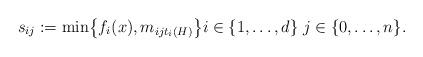
LaTeX: \begin{align*}s_{ij} : = \min\bigl\{f_i(x),m_{ijt_i(H)}\bigr\} i \in \{1, \ldots, d\} \; j \in \{0, \ldots, n\}.\end{align*}